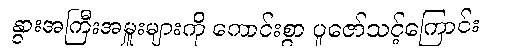
နွားအကြီးအမှူးများကို ကောင်းစွာ ပူဇော်သင့်ကြောင်း